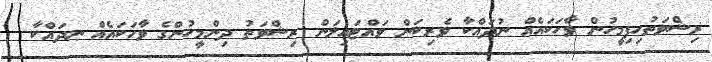
ޜިޝްވަތުހިފިމީހުން ވާހަކައެއް ނުދައްކާ ވެރިކަން ވައްޓައިލަން ރިޝްވަތު ދިންމީހުންގެ ވާހަކައެއް ނދައްކާ